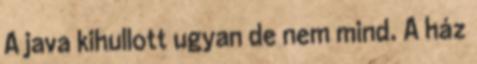
A java kihullott ugyan de nem mind. A ház